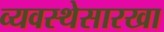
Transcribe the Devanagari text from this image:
व्यवस्थेसारखा